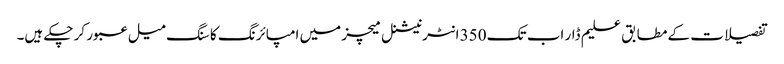
تفصیلات کے مطابق علیم ڈار اب تک 350 انٹرنیشنل میچز میں امپائرنگ کا سنگ میل عبور کر چکے ہیں۔